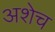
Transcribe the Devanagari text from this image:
अशेच